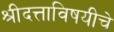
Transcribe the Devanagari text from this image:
श्रीदत्ताविषयीचे